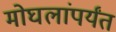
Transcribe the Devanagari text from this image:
मोघलांपर्यंत